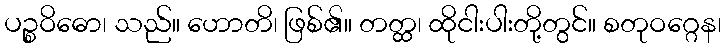
ပဉ္စဝိဓော၊ သည်။ ဟောတိ၊ ဖြစ်၏။ တတ္ထ၊ ထိုငါးပါးတို့တွင်။ စတုဝဂ္ဂေန၊